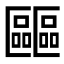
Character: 𠥺